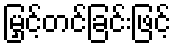
မြှင့်တင်ခြင်းဖြင့်